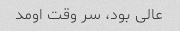
عالی بود، سر وقت اومد